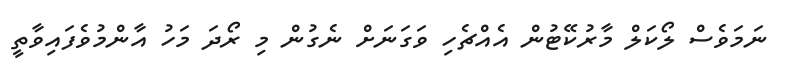
ނަމަވެސް ލޯކަލް މާރުކޭޓުން އެއްޗެހި ވަގަނަށް ނެގުން މި ރޯދަ މަހު އާންމުވެފައިވާތީ